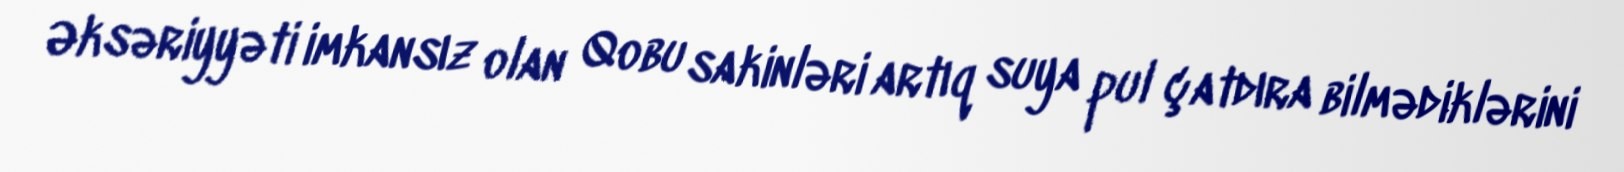
Əksəriyyəti imkansız olan Qobu sakinləri artıq suya pul çatdıra bilmədiklərini